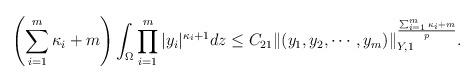
LaTeX: \begin{align*} \left(\sum_{i = 1}^{m}\kappa_i + m\right)\int_{\Omega}\prod_{i = 1}^{m}\vert y_i\vert^{\kappa_i + 1}dz\leq C_{21}\| (y_1, y_2, \cdots, y_m) \|_{Y,1}^{\frac{\sum_{i = 1}^{m}\kappa_i + m}{p}}.\end{align*}